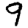
Digit: 9